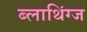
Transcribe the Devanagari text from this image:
ब्लाथिंग्ज